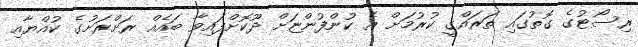
ރިސޯޓުގެ ގޮތުގައި ތަރައްގީ ކުރުމަށް އެ ކުންފުންޏަށް ދޫކޮށްފައިވާ ބައެއް ރަށްރަށުގެ ކުއްޔާއި